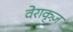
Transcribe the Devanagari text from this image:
वेराकृज़